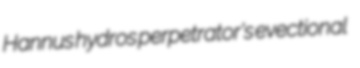
Hannus hydros perpetrator's evectional